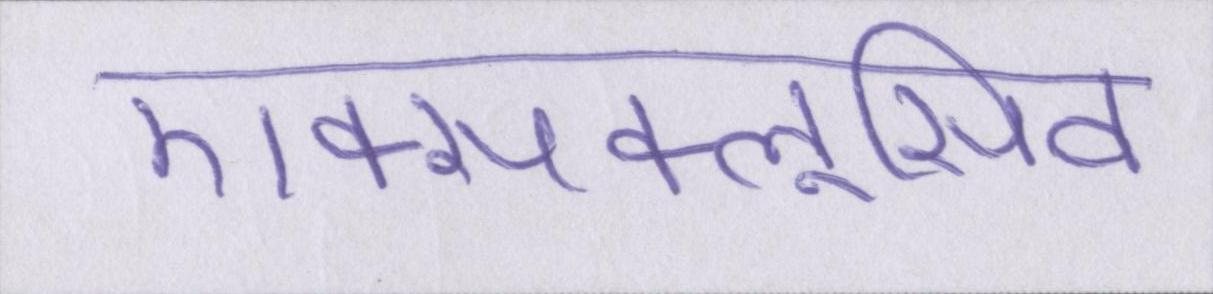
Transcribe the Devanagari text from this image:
एक्सक्लूसिव